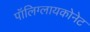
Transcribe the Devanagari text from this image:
पॉलिग्लायकोनेट